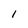
Character: 1